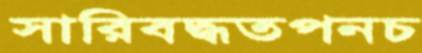
সারিবদ্ধতপনচ